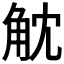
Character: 𧣁